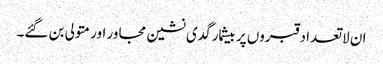
ان لاتعداد قبروں پر بیشمار گدی نشین مجاور اور متولی بن گئے۔